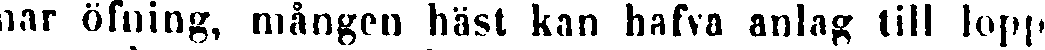
nar öfning, mången häst kan hafva anlag till lopp